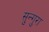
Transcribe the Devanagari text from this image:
सुन्गुरा